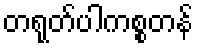
တရုတ်ပါကစ္စတန်